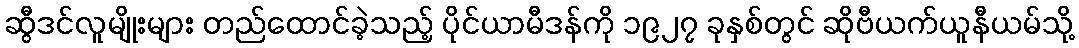
ဆွီဒင်လူမျိုးများ တည်ထောင်ခဲ့သည့် ပိုင်ယာမီဒန်ကို ၁၉၂၇ ခုနှစ်တွင် ဆိုဗီယက်ယူနီယမ်သို့